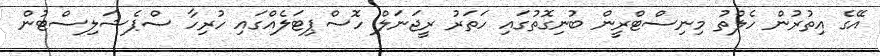
އޭގެ އިތުރުން ހެލްތު މިނިސްޓްރީން ބުނިގޮތުގައި ހަތަރު ރީޖަނަލް ހޮސްޕިޓަލެއްގައި ހުރިހާ ސްޕެޝަލިސްޓުން